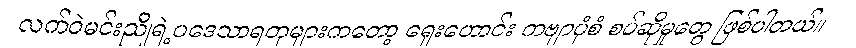
လက်ဝဲမင်းညိုရဲ့ပဒေသာရတုများကတော့ ရှေးဟောင်း ကဗျာပုံစံ စပ်ဆိုမှုတွေ ဖြစ်ပါတယ်။